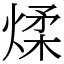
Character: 煣